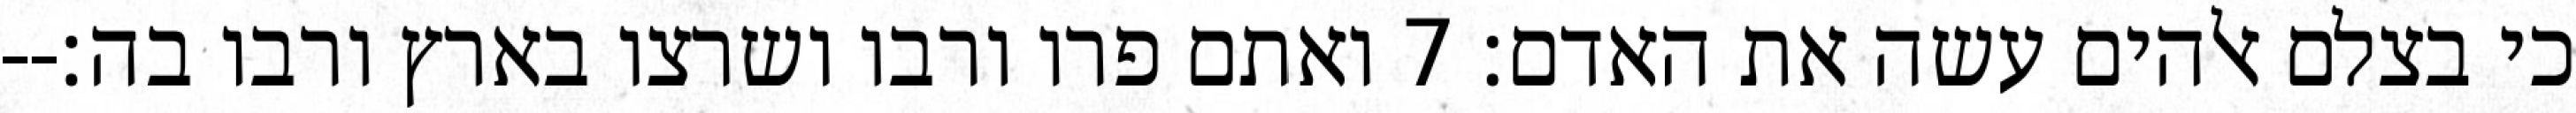
כי בצלם אלהים עשה את האדם׃ ‎7‏ ואתם פרו ורבו ושרצו בארץ ורבו בה׃--